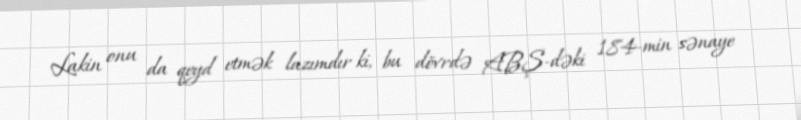
Lakin onu da qeyd etmək lazımdır ki, bu dövrdə ABŞ-dəki 184-min sənaye